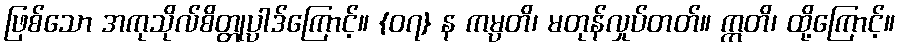
ဖြစ်သော အကုသိုလ်စိတ္တုပ္ပါဒ်ကြောင့်။ {၀၇} န ကမ္ပတိ၊ မတုန်လှုပ်တတ်။ ဣတိ၊ ထို့ကြောင့်။